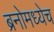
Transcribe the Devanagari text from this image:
ब्रनोमध्येच